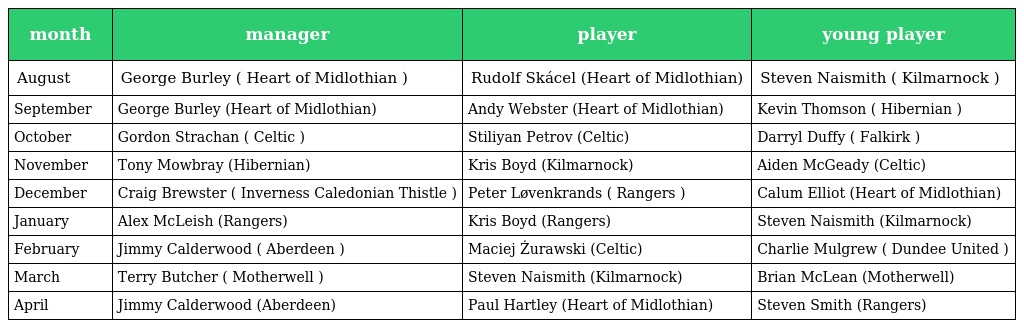
| month | manager | player | young player |
 | --- | --- | --- | --- |
 | August | George Burley ( Heart of Midlothian ) | Rudolf Skácel (Heart of Midlothian) | Steven Naismith ( Kilmarnock ) |
 | September | George Burley (Heart of Midlothian) | Andy Webster (Heart of Midlothian) | Kevin Thomson ( Hibernian ) |
 | October | Gordon Strachan ( Celtic ) | Stiliyan Petrov (Celtic) | Darryl Duffy ( Falkirk ) |
 | November | Tony Mowbray (Hibernian) | Kris Boyd (Kilmarnock) | Aiden McGeady (Celtic) |
 | December | Craig Brewster ( Inverness Caledonian Thistle ) | Peter Løvenkrands ( Rangers ) | Calum Elliot (Heart of Midlothian) |
 | January | Alex McLeish (Rangers) | Kris Boyd (Rangers) | Steven Naismith (Kilmarnock) |
 | February | Jimmy Calderwood ( Aberdeen ) | Maciej Żurawski (Celtic) | Charlie Mulgrew ( Dundee United ) |
 | March | Terry Butcher ( Motherwell ) | Steven Naismith (Kilmarnock) | Brian McLean (Motherwell) |
 | April | Jimmy Calderwood (Aberdeen) | Paul Hartley (Heart of Midlothian) | Steven Smith (Rangers) |